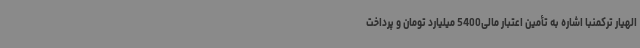
الهیار ترکمنبا اشاره به تأمین اعتبار مالی5400 میلیارد تومان و پرداخت